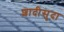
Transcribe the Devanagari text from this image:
शादीसुदा